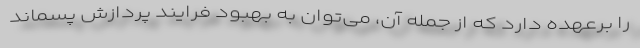
را برعهده دارد که از جمله آن، می‌توان به بهبود فرایند پردازش پسماند